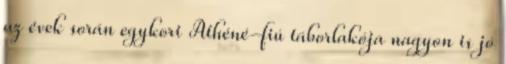
az évek során egykori Athéné-fiú táborlakója nagyon is jó